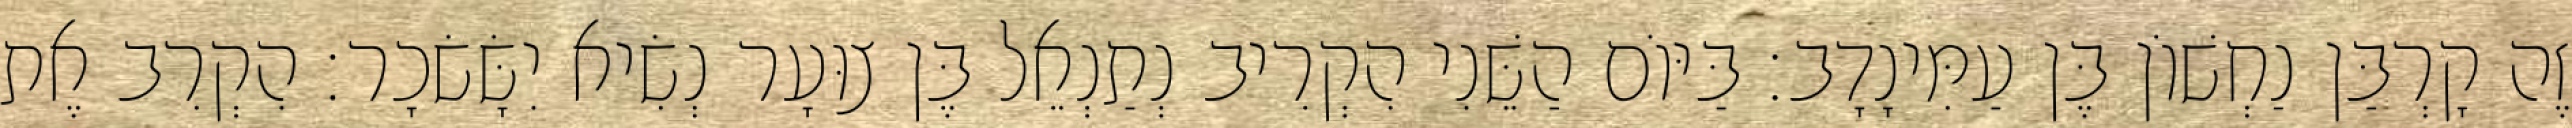
זֶה קָרְבַּן נַחְשׁוֹן בֶּן עַמִּינָדָב׃ בַּיּוֹם הַשֵּׁנִי הִקְרִיב נְתַנְאֵל בֶּן צוּעָר נְשִׂיא יִשָּׂשׂכָר׃ הִקְרִב אֶת